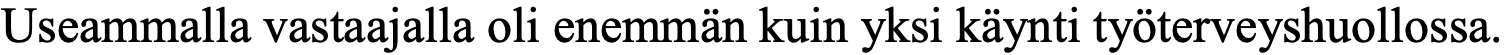
Useammalla vastaajalla oli enemmän kuin yksi käynti työterveyshuollossa.